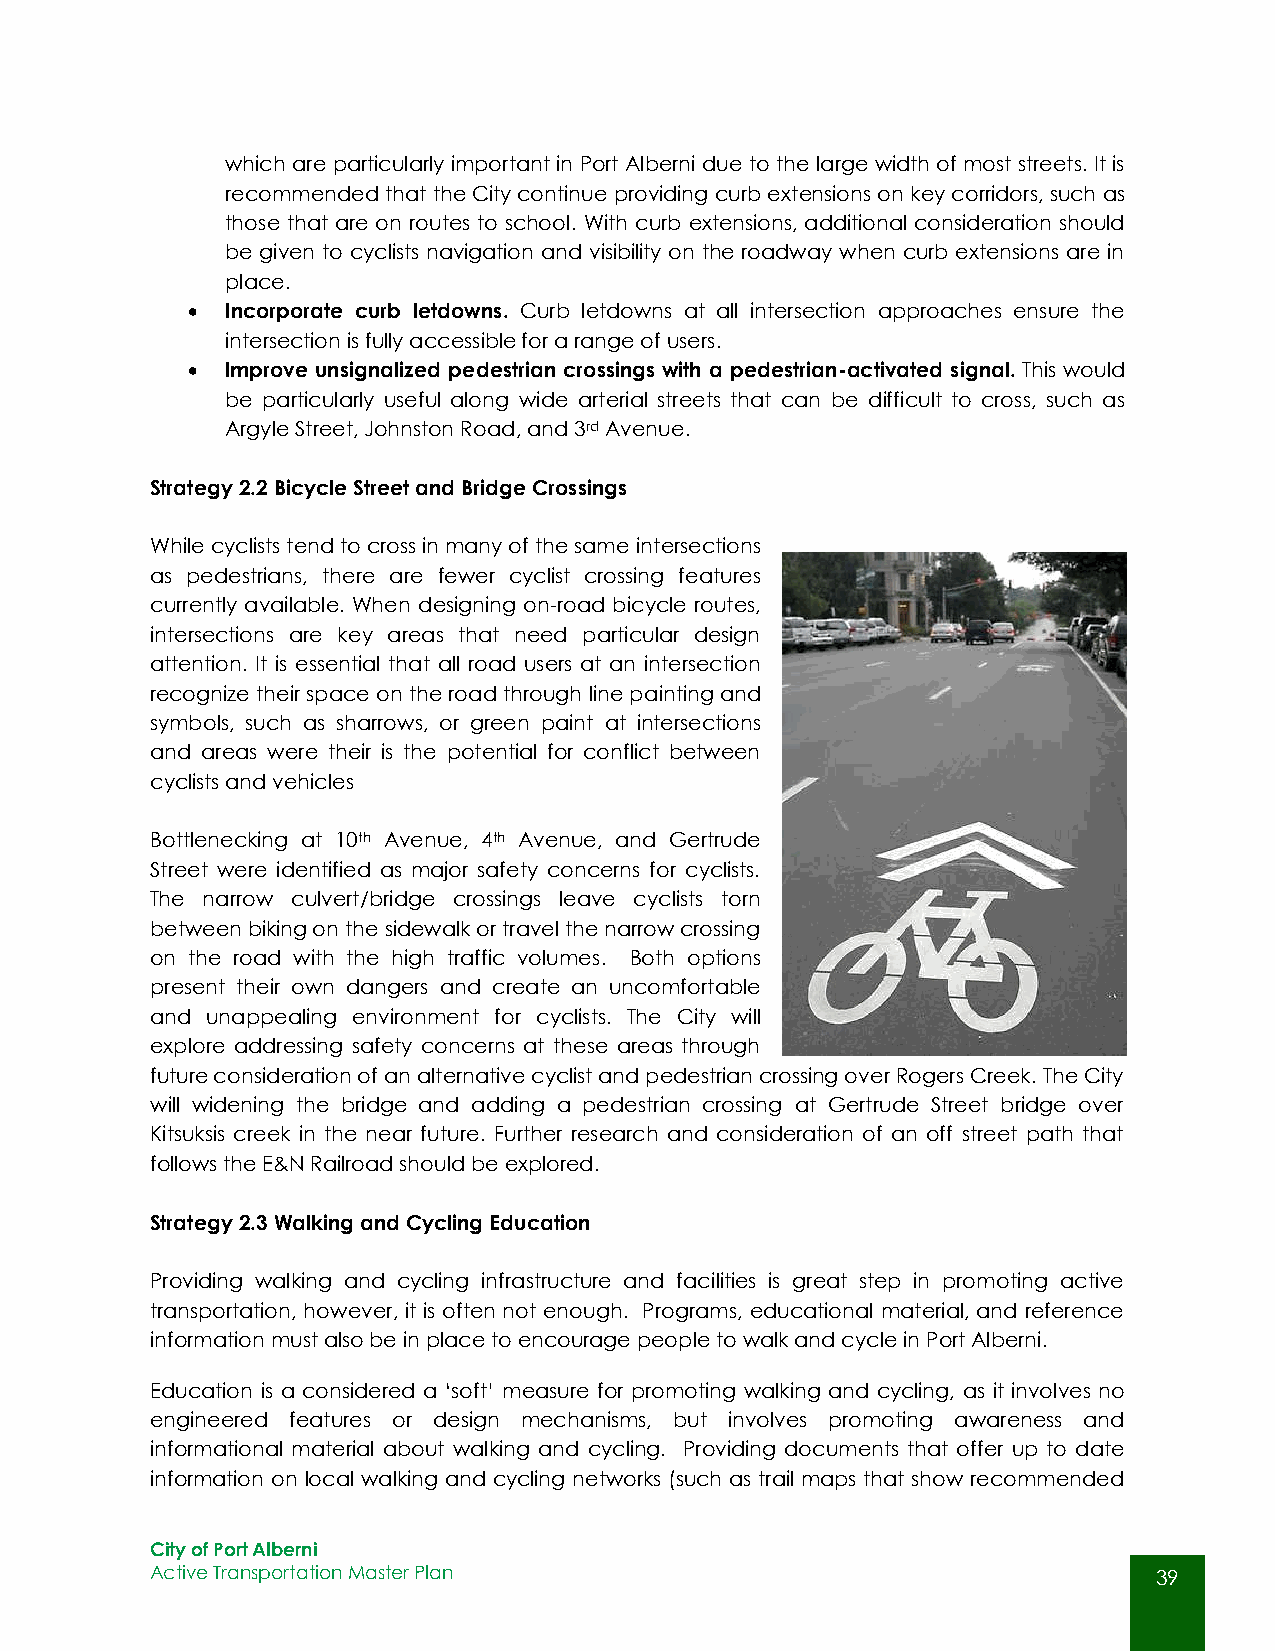
which are particularly important in Port Alberni due to the large width of most streets. It is
 recommended that the City continue providing curb extensions on key corridors, such as
 those that are on routes to school. With curb extensions, additional consideration should
 be given to cyclists navigation and visibility on the roadway when curb extensions are in
 place.
   Incorporate curb letdowns. Curb letdowns at all intersection approaches ensure the
 intersection is fully accessible for a range of users.
   Improve unsignalized pedestrian crossings with a pedestrian-activated signal. This would
 be particularly useful along wide arterial streets that can be difficult to cross, such as
 Argyle Street, Johnston Road, and 3rd Avenue.
 Strategy 2.2 Bicycle Street and Bridge Crossings
 While cyclists tend to cross in many of the same intersections
 as pedestrians, there are fewer cyclist crossing features
 currently available. When designing on-road bicycle routes,
 intersections are key areas that need particular design
 attention. It is essential that all road users at an intersection
 recognize their space on the road through line painting and
 symbols, such as sharrows, or green paint at intersections
 and areas were their is the potential for conflict between
 cyclists and vehicles
 Bottlenecking at 10th Avenue, 4th Avenue, and Gertrude
 Street were identified as major safety concerns for cyclists.
 The narrow culvert/bridge crossings leave cyclists torn
 between biking on the sidewalk or travel the narrow crossing
 on the road with the high traffic volumes. Both options
 present their own dangers and create an uncomfortable
 and unappealing environment for cyclists. The City will
 explore addressing safety concerns at these areas through
 future consideration of an alternative cyclist and pedestrian crossing over Rogers Creek. The City
 will widening the bridge and adding a pedestrian crossing at Gertrude Street bridge over
 Kitsuksis creek in the near future. Further research and consideration of an off street path that
 follows the E&N Railroad should be explored.
 Strategy 2.3 Walking and Cycling Education
 Providing walking and cycling infrastructure and facilities is great step in promoting active
 transportation, however, it is often not enough. Programs, educational material, and reference
 information must also be in place to encourage people to walk and cycle in Port Alberni.
 Education is a considered a ‘soft’ measure for promoting walking and cycling, as it involves no
 engineered features or design mechanisms, but involves promoting awareness and
 informational material about walking and cycling. Providing documents that offer up to date
 information on local walking and cycling networks (such as trail maps that show recommended
 City of Port Alberni
 Active Transportation Master Plan                                  39
 39